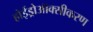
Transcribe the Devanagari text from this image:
होईड्रोऑक्सीकरण